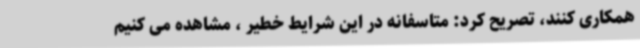
همکاری کنند، تصریح کرد: متاسفانه در این شرایط خطیر ، مشاهده می کنیم